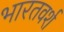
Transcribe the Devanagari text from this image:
भारतवर्श